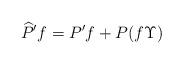
LaTeX: \begin{gather*}\widehat P^\prime f=P^\prime f+P(f\Upsilon)\end{gather*}